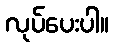
လုပ်ပေးပါ။